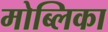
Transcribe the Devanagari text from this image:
मोब्लिका